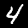
Label: 4